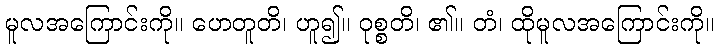
မူလအကြောင်းကို။ ဟေတူတိ၊ ဟူ၍။ ဝုစ္စတိ၊ ၏။ တံ၊ ထိုမူလအကြောင်းကို။